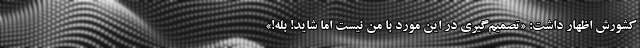
کشورش اظهار داشت: «تصمیم‌گیری در این مورد با من نیست اما شاید! بله!»